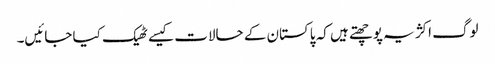
لوگ اکژ یہ پوچھتے ہیں کہ پاکستان کے حالات کیسے ٹھیک کیا جائیں۔